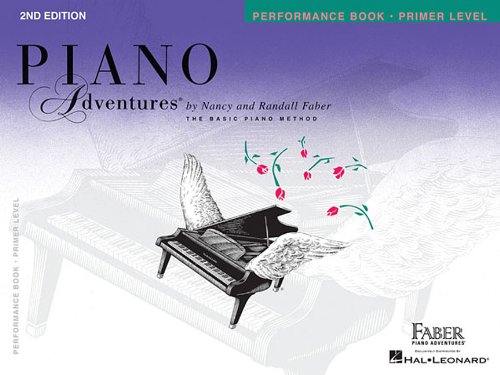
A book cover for Piano Adventures Performance Book, Primer Level 2nd Edition; Humor & Entertainment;